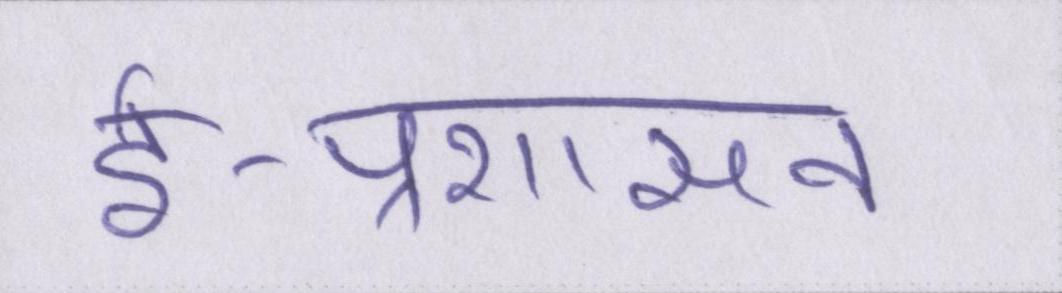
ई-प्रशासन